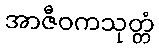
အာဇီဝကသုတ္တံ